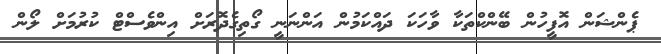
ޕެންޝަން އޮފީހުން ބޭންކްތަކާ ވާހަކަ ދައްކަމުން އަންނަނީ ގޯތިގެދޮރަށް އިންވެސްޓް ކުރުމަށް ލޯން